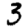
Digit: 3